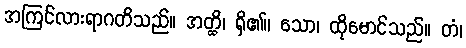
အကြင်လားရာဂတိသည်။ အတ္ထိ၊ ရှိ၏။ သော၊ ထိုမောင်သည်။ တံ၊